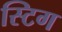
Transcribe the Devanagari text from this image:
स्टिग